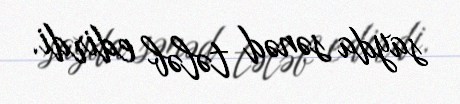
sayda sənəd tələb edirdi.